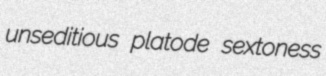
unseditious platode sextoness